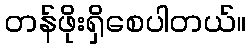
တန်ဖိုးရှိစေပါတယ်။